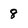
Character: 8